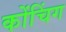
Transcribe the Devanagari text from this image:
कोंचिंग